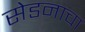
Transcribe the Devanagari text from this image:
सेडनाचा